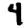
Digit: 4